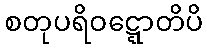
စတုပရိဝဋ္ဋောတိပိ